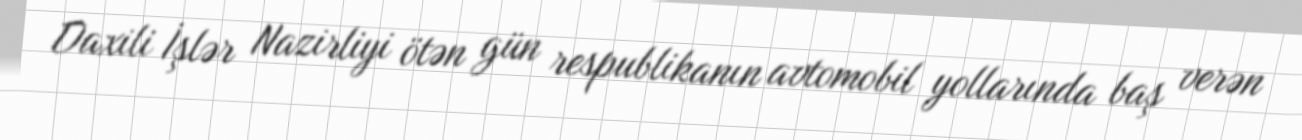
Daxili İşlər Nazirliyi ötən gün respublikanın avtomobil yollarında baş verən